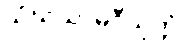
သံဃသာမဂ္ဂီသုတ္တံ